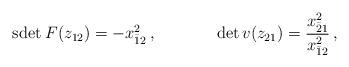
LaTeX: \begin{align*}\begin{array}{cc}\mbox{sdet}\:F(z_{12})=-x^{2}_{\bar{1}2}\,,~~~~&~~~~\det v(z_{21})=\displaystyle{\frac{x^{2}_{\bar{2}1}}{x^{2}_{\bar{1}2}}}\,,\end{array}\end{align*}